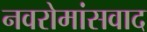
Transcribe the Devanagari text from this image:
नवरोमांसवाद